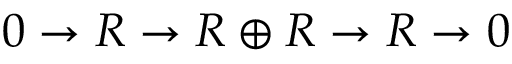
0 \to R \to R \oplus R \to R \to 0